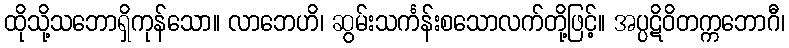
ထိုသို့သဘောရှိကုန်သော။ လာဘေဟိ၊ ဆွမ်းသင်္ကန်းစသောလက်တို့ဖြင့်။ အပ္ပဋိဝိတက္ကဘောဂီ၊